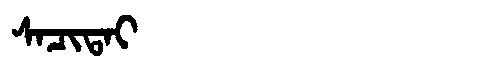
Manchu: ᠰᠠᠴᡳᡨᠠᡳ
Romanization: SACITAI